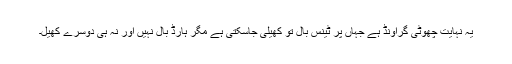
یہ نہایت چھوٹی گراونڈ ہے جہاں پر ٹینس بال تو کھیلی جاسکتی ہے مگر ہارڈ بال نہیں اور نہ ہی دوسرے کھیل۔